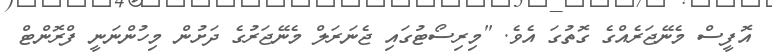
އޮފީސް މެނޭޖަރެއްގެ ގޮތުގަ އެވެ. "މިރިސޯޓުގައި ޖެނަރަލް މެނޭޖަރުގެ ދަށުން މިހުންނަނީ ފްރޮންޓް